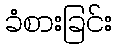
ခံစားခြင်း